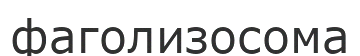
фаголизосома